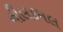
નીલકમલ